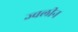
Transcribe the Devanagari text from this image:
ज्वलीन